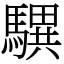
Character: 龭